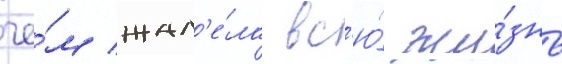
че́м жал'е́ла вс'ю́ жи́знь